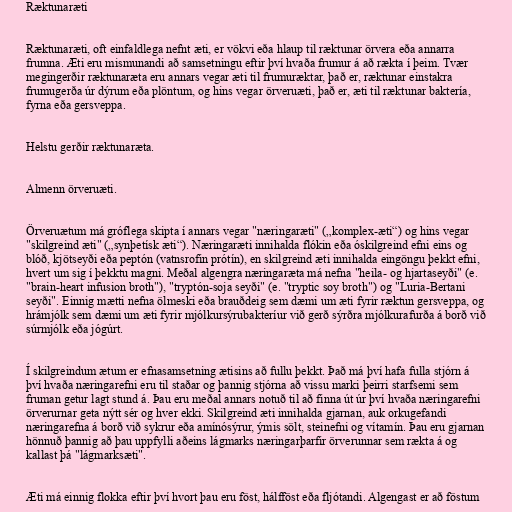
Ræktunaræti

Ræktunaræti, oft einfaldlega nefnt æti, er vökvi eða hlaup til ræktunar örvera eða annarra
frumna. Æti eru mismunandi að samsetningu eftir því hvaða frumur á að rækta í þeim. Tvær
megingerðir ræktunaræta eru annars vegar æti til frumuræktar, það er, ræktunar einstakra
frumugerða úr dýrum eða plöntum, og hins vegar örveruæti, það er, æti til ræktunar baktería,
fyrna eða gersveppa.

Helstu gerðir ræktunaræta.

Almenn örveruæti.

Örveruætum má gróflega skipta í annars vegar "næringaræti" („komplex-æti“) og hins vegar
"skilgreind æti" („synþetísk æti“). Næringaræti innihalda flókin eða óskilgreind efni eins og
blóð, kjötseyði eða peptón (vatnsrofin prótín), en skilgreind æti innihalda eingöngu þekkt efni,
hvert um sig í þekktu magni. Meðal algengra næringaræta má nefna "heila- og hjartaseyði" (e.
"brain-heart infusion broth"), "tryptón-soja seyði" (e. "tryptic soy broth") og "Luria-Bertani
seyði". Einnig mætti nefna ölmeski eða brauðdeig sem dæmi um æti fyrir ræktun gersveppa, og
hrámjólk sem dæmi um æti fyrir mjólkursýrubakteríur við gerð sýrðra mjólkurafurða á borð við
súrmjólk eða jógúrt.

Í skilgreindum ætum er efnasamsetning ætisins að fullu þekkt. Það má því hafa fulla stjórn á
því hvaða næringarefni eru til staðar og þannig stjórna að vissu marki þeirri starfsemi sem
fruman getur lagt stund á. Þau eru meðal annars notuð til að finna út úr því hvaða næringarefni
örverurnar geta nýtt sér og hver ekki. Skilgreind æti innihalda gjarnan, auk orkugefandi
næringarefna á borð við sykrur eða amínósýrur, ýmis sölt, steinefni og vítamín. Þau eru gjarnan
hönnuð þannig að þau uppfylli aðeins lágmarks næringarþarfir örverunnar sem rækta á og
kallast þá "lágmarksæti".

Æti má einnig flokka eftir því hvort þau eru föst, hálfföst eða fljótandi. Algengast er að föstum